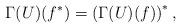
LaTeX: \begin{align*}\Gamma(U)(f^*)=\left(\Gamma(U)(f) \right)^*,\end{align*}